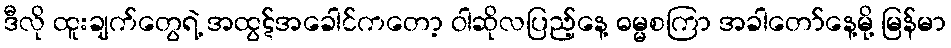
ဒီလို ထူးချက်တွေရဲ့ အထွဋ်အခေါင်ကတော့ ဝါဆိုလပြည့်နေ့ ဓမ္မစကြာ အခါတော်နေ့မို့ မြန်မာ